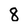
Character: 8